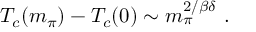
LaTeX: T _ { c } ( m _ { \pi } ) - T _ { c } ( 0 ) \sim m _ { \pi } ^ { 2 / \beta \delta } ~ .